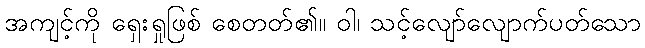
အကျင့်ကို ရှေးရှုဖြစ် စေတတ်၏။ ဝါ၊ သင့်လျော်လျောက်ပတ်သော